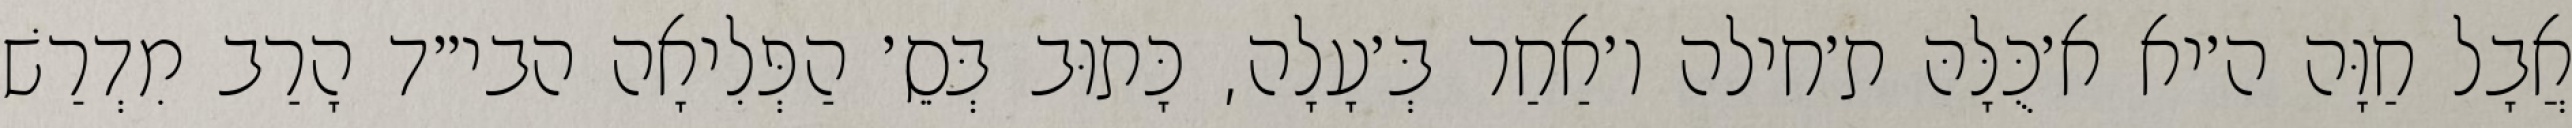
אֲבָל חַוָּה ה׳יא א׳כֻּלָּהּ ת׳חילה ו׳אַחַר בְּ׳עָלָה, כָּתוּב בְּסֵ׳ הַפְּלִיאָה הבי״ד הָרַב מִדְרַשׁ